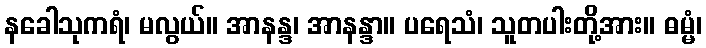
နခေါသုကရံ၊ မလွယ်။ အာနန္ဒ၊ အာနန္ဒာ။ ပရေသံ၊ သူတပါးတို့အား။ ဓမ္မံ၊